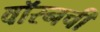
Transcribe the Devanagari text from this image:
वॉरनची